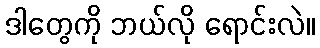
ဒါတွေကို ဘယ်လို ရောင်းလဲ။